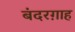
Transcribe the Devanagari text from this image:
बंदरग़ाह